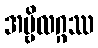
အမ္ဗိလဂ္ဂဿ